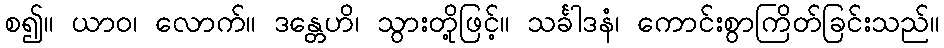
စ၍။ ယာဝ၊ လောက်။ ဒန္တေဟိ၊ သွားတို့ဖြင့်။ သင်္ခါဒနံ၊ ကောင်းစွာကြိတ်ခြင်းသည်။